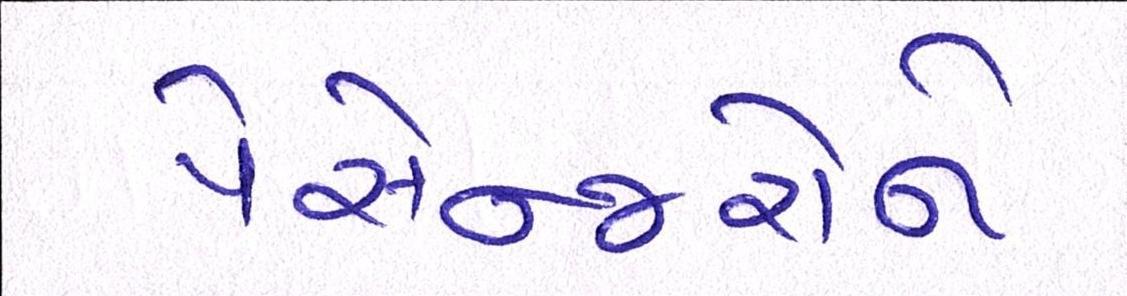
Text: પેસેન્જરોને